Annual administration report of the Bombay Presidency - 1887-1892
Year: 1887
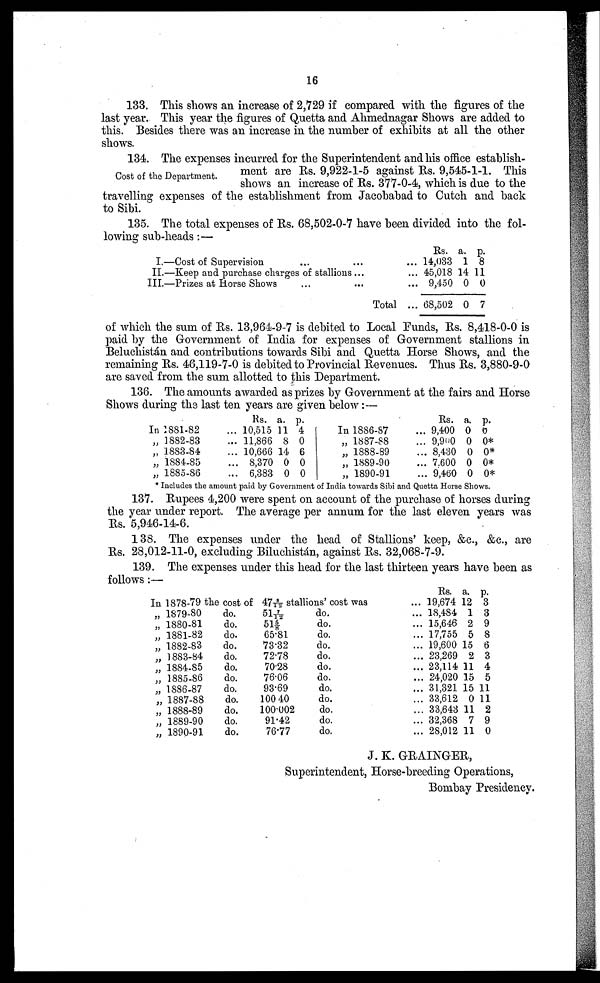
16
133. This shows an increase of 2,729 if compared with the figures of the
last year. This year the figures of Quetta and Ahmednagar Shows are added to
this. Besides there was an increase in the number of exhibits at all the other
shows.
Cost of the Department.
134. The expenses incurred for the Superintendent and his office establish-
ment are Rs. 9,922-1-5 against Rs. 9,545-1-1. This
shows an increase of Rs. 377-0-4, which is due to the
travelling expenses of the establishment from Jacobabad to Cutch and back
to Sibi.
135. The total expenses of Rs. 68,502-0-7 have been divided into the fol-
lowing sub-heads :—
I.—Cost of Supervision ... ... ...
II.—Keep and purchase charges of stallions ... ...
III.—Prizes at Horse Shows ... ... ...
Total ...
Rs.
14,033
45,018
9,450
68,502
a.
1
14
0
0
p.
8
11
0
7
of which the sum of Rs. 13,964-9-7 is debited to Local Funds, Rs. 8,418-0-0 is
paid by the Government of India for expenses of Government stallions in
Beluchistán and contributions towards Sibi and Quetta Horse Shows, and the
remaining Rs. 46,119-7-0 is debited to Provincial Revenues. Thus Rs. 3,880-9-0
are saved from the sum allotted to this Department.
136. The amounts awarded as prizes by Government at the fairs and Horse
Shows during the last ten years are given below:—
In 1881-82
„ 1882-83
„ 1883-84
„ 1884-85
„ 1885-86
Rs.
... 10,515
... 11,866
... 10,666
... 8,370
... 6,383
a.
11
8
14
0
0
p.
4
0
6
0
0
In 1886-87 ...
„ 1887-88 ...
„ 1888-89 ...
„ 1889-90 ...
„ 1890-91 ...
Rs.
9,400
9,900
8,430
7,600
9,460
a.
0
0
0
0
0
p.
0
0*
0*
0*
0*
* Includes the amount paid by Government of India towards Sibi and Quetta Horse Shows.
137. Rupees 4,200 were spent on account of the purchase of horses during
the year under report. The average per annum for the last eleven years was
Rs. 5,946-14-6.
138. The expenses under the head of Stallions' keep, &c., &c, are
Rs. 28,012-11-0, excluding Biluchistán, against Rs. 32,068-7-9.
139. The expenses under this head for the last thirteen years have been as
follows :—
In 1878-79 the cost of 478/12 stallions' cost was
„ 1879-80
„ 1880-81
„ 1881-82
„ 1882-83
„ 1883-84
„ 1884-85
„ 1885-86
„ 1886-87
„ 1887-88
„ 1888-89
„ 1889-90
„ 1890-91
do.
do.
do.
do.
do.
do.
do.
do.
do.
do.
do.
do.
517/12
515/8
65.81
73.32
72.78
70.28
76.06
93.69
100 40
100.002
91.42
76.77
do.
do.
do.
do.
do.
do.
do.
do.
do.
do.
do.
do.
Rs.
... 19,674
... 18,484
... 15,646
... 17,755
... 19,600
... 23,269
... 23,114
... 24,020
... 31,321
... 33,612
... 33,643
... 32,368
... 28,012
a.
12
1
2
5
15
2
11
15
15
0
11
7
11
p.
3
3
9
8
6
3
4
5
11
11
2
9
0
J. K. GRAINGER,
Superintendent, Horse-breeding Operations,
Bombay Presidency.